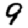
Digit: 9